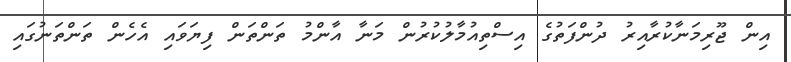
އިން ޖޫރިމަނާކުރާއިރު ދުންފަތުގެ އިސްތިއުމާލުކުރުން މަނާ އާންމު ތަންތަން ފިޔަވައި އެހެން ތަންތަނުގައި